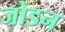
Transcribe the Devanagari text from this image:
जोडन